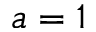
a = 1